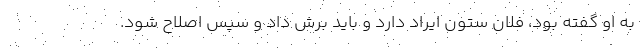
به او گفته بود، فلان ستون ایراد دارد و باید برش داد و سپس اصلاح شود.